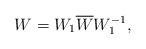
LaTeX: \begin{align*}W=W_1 \overline{W} W^{-1}_1,\end{align*}